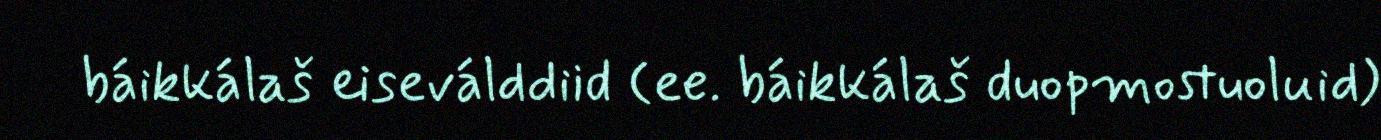
báikkálaš eiseválddiid (ee. báikkálaš duopmostuoluid)